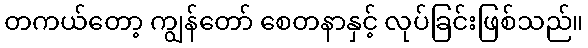
တကယ်တော့ ကျွန်တော် စေတနာနှင့် လုပ်ခြင်းဖြစ်သည်။